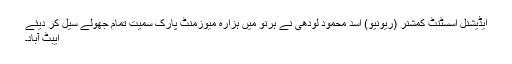
ایڈیشنل اسسٹنٹ کمشنر (ریونیو) اسد محمود لودھی نے ہرنو میں ہزارہ میوزمنٹ پارک سمیت تمام جھولے سیل کر دیئے
ایبٹ آباد۔